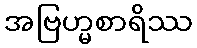
အဗြဟ္မစာရိဿ